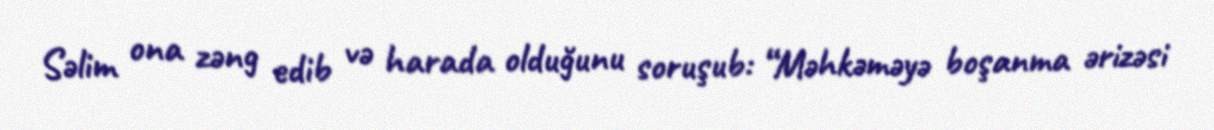
Səlim ona zəng edib və harada olduğunu soruşub: “Məhkəməyə boşanma ərizəsi